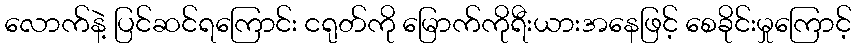
လောက်နဲ့ ပြင်ဆင်ရကြောင်း ငရုတ်ကို မြောက်ကိုရီးယားအနေဖြင့် စေခိုင်းမှုကြောင့်